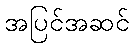
အပြင်အဆင်